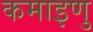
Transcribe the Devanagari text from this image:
कमाइणु